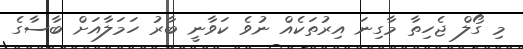
މި ގޯލް ޖެހިތާ މާގިނަ އިރުތަކެއް ނުވެ ކަވާނީ ބާރު ހަމަލާއަށް ބާސާގެ